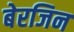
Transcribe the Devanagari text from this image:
बेरजिन